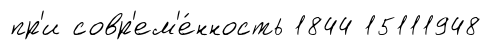
пр'и совр'ем'е́нность 1844 15111948